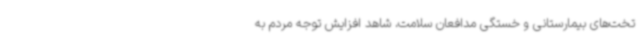
تخت‌های بیمارستانی و خستگی مدافعان سلامت، شاهد افزایش توجه مردم به